Reports on military cantonments and civil stations in the Presidency of Bombay inspected by the Sanitary Commissioner in the years 1875 and 1876
Year: 1875
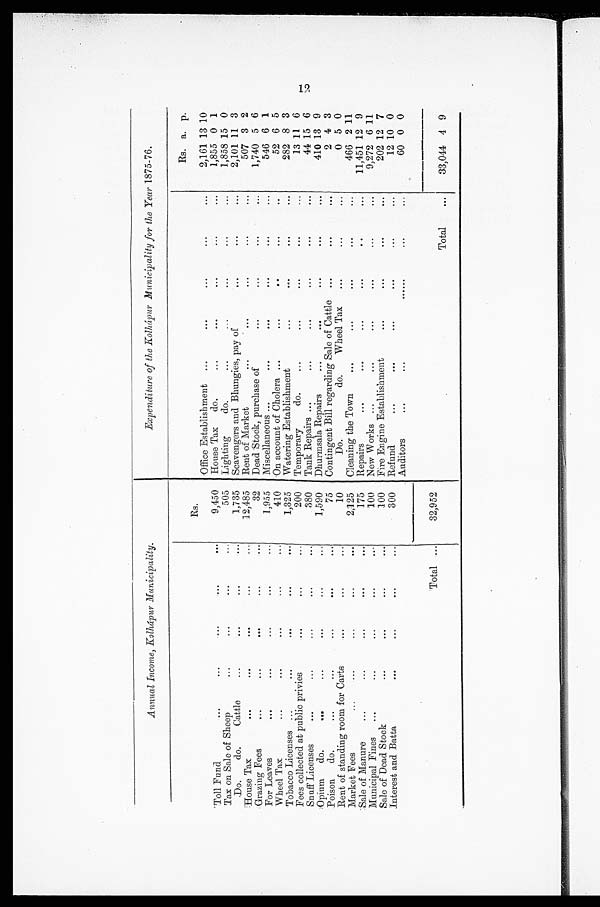
Annual Income, Kolhápur Municipality.
Expenditure of the Kolhápur Municipality for the Year 1875-76.
Rs.
Rs. a. p.
Office Establishment
...
...
...
...
...
2,161 13 10
Toll Fund
...
...
...
...
....
9,450
House Tax
do.
...
...
...
...
...
1,855 0 1
Tax on Sale of Sheep
...
...
...
...
505
Lighting
do.
...
...
...
... ...
1,858 15 0
Do.
do.
Cattle
...
...
...
...
1,735
Scavengers and Bhungies, pay of
...
...
...
2,101 11 3
House Tax
...
...
...
...
...
12,485
Rent of Market
...
...
...
...
...
507 3 2
Grazing Fees
...
...
...
...
...
32
Dead Stock, purchase of
...
...
...
...
1,740 5 6
For Leaves
...
...
...
...
...
1,955
Miscellaneous ...
...
...
...
..
.
...
546 6 1
Wheel Tax
...
...
...
...
...
410
On account of Cholera ...
...
... ... ...
52 6 5
Tobacco Licenses ...
...
...
...
...
1,325
Watering Establishment
...
...
...
...
282 8 3
Fees collected at public privies
...
...
...
200
Temporary
do.
...
...
...
...
...
13 11 6
Snuff Licenses
...
...
...
...
...
380
. . .
Tank Repairs ...
...
...
...
...
44 15 6
Opium
do.
...
...
...
...
...
1,590
Dhurmsala Repairs
...
... ... ... ...
410 13 9
Poison
do.
...
...
...
...
...
75
Contingent Bill regarding Sale of Cattle
...
...
...
2 4 3
Rent of standing room for Carts
...
...
...
10
Do.
do.
Wheel Tax
...
...
0 5 0
Market Fees
...
...
...
...
...
2,125
Cleaning the Town
...
...
...
...
...
466 2 11
Sale of Manure
...
...
...
...
175
Repairs
...
...
...
...
... ...
11,451 12 9
Municipal Fines
...
...
...
...
...
100
New Works ...
...
...
...
...
...
9,272 6 11
Salo of Dead Stock
...
...
...
...
100
Fire Engine Establishment
...
...
...
. . .
202 12 7
Interest and Batta
...
...
...
...
300
Refund
...
...
...
...
...
...
12 10 0
Auditors
...
......
...
...
...
60 0 0
Total ...
32,952
Total
. . .
33,044 4 9